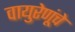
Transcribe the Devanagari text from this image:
वायुरेणूंचे